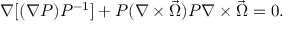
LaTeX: \nabla [ ( \nabla P ) P ^ { - 1 } ] + P ( \nabla \times \vec { \Omega } ) P \nabla \times \vec { \Omega } = 0 .